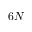
6 N